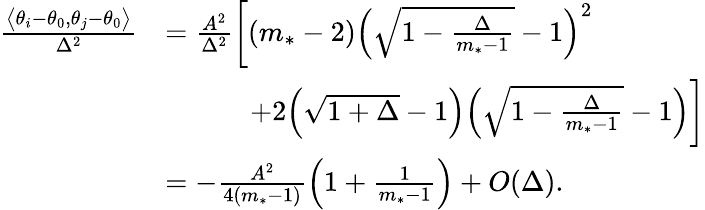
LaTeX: \begin{array}{rl}{\frac{\big\langle\theta_{i}-\theta_{0},\theta_{j}-\theta_{0}\big\rangle}{\Delta^{2}}}&{=\frac{A^{2}}{\Delta^{2}}\bigg[(m_{*}-2)\Big(\sqrt{1-\frac{\Delta}{m_{*}-1}}-1\Big)^{2}}\\ &{\quad\quad\quad+2\Big(\sqrt{1+\Delta}-1\Big)\Big(\sqrt{1-\frac{\Delta}{m_{*}-1}}-1\Big)\bigg]}\\ &{=-\frac{A^{2}}{4(m_{*}-1)}\Big(1+\frac{1}{m_{*}-1}\Big)+O(\Delta).}\end{array}